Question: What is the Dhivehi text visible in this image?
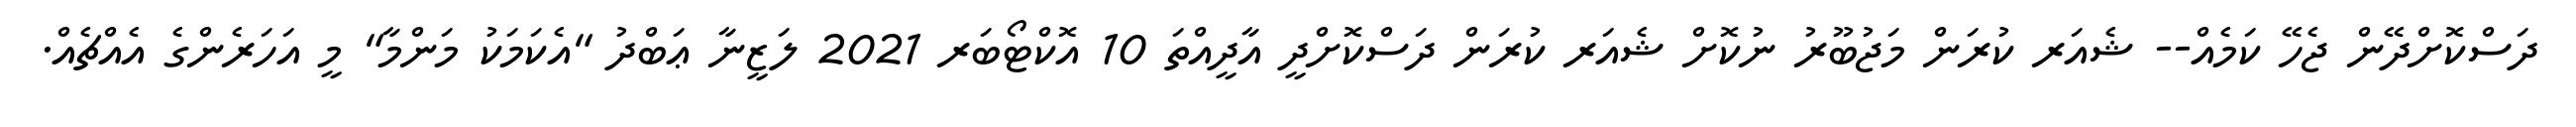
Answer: ދަސްކޮށްދޭން ޖެހޭ ކަމެއް-- ޝެއަރ ކުރަން މަޖުބޫރު ނުކޮށް ޝެއަރ ކުރަން ދަސްކޮށްދީ އާދީއްތަ 10 އޮކްޓޯބަރ 2021 ލަޒީނާ ޢަބްދު "އެކަމަކު މަންމާ" މީ އަހަރެންގެ އެއްޗެއް.